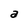
Character: a